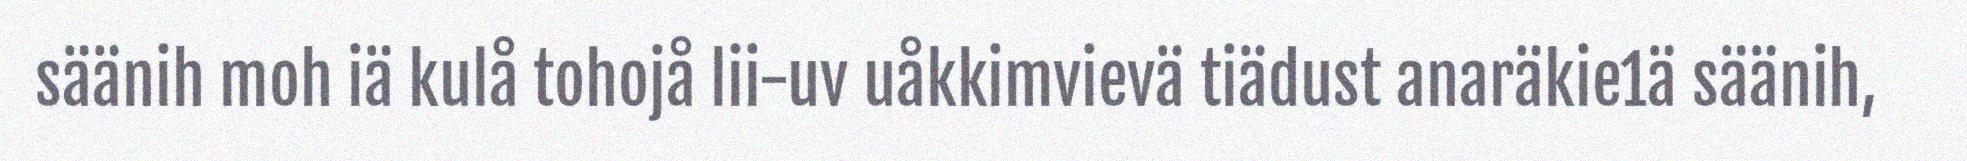
säänih moh iä kulå tohojå lii-uv uåkkimvievä tiädust anaräkie1ä säänih,